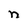
Character: n